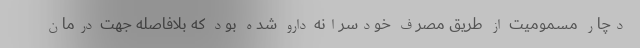
دچار مسمومیت از طریق مصرف خودسرانه دارو شده بود که بلافاصله جهت درمان